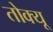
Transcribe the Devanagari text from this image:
तोक्यू